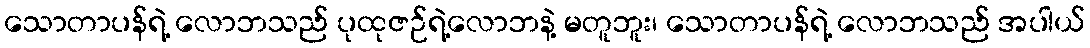
သောတာပန်ရဲ့ လောဘသည် ပုထုဇဉ်ရဲ့လောဘနဲ့ မတူဘူး၊ သောတာပန်ရဲ့ လောဘသည် အပါယ်